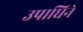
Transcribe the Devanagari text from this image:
उपाधिने